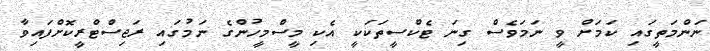
ނަންމަތީގައި ކަމަށް ވީ ނަމަވެސް ގިނަ ޓެކްސީތަކަކީ އެކި މީސްމީހުންގެ ނަމުގައި ރަޖިސްޓްރީކޮށްފައިވާ